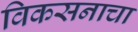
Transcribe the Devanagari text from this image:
विकसनाचा